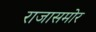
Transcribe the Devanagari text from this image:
राजासमोर